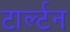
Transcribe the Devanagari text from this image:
टार्ल्टन